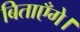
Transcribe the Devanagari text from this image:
बिताएँगे।